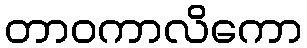
တာဝကာလိကော